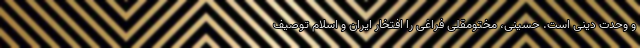
و وحدت دینی است. حسینی، مختومقلی فراغی را افتخار ایران و اسلام توصیف